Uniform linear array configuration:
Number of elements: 24
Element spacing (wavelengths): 0.75
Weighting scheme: uniform
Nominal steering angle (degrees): -45
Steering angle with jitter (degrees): -43.917
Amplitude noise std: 0.05
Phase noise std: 0.05

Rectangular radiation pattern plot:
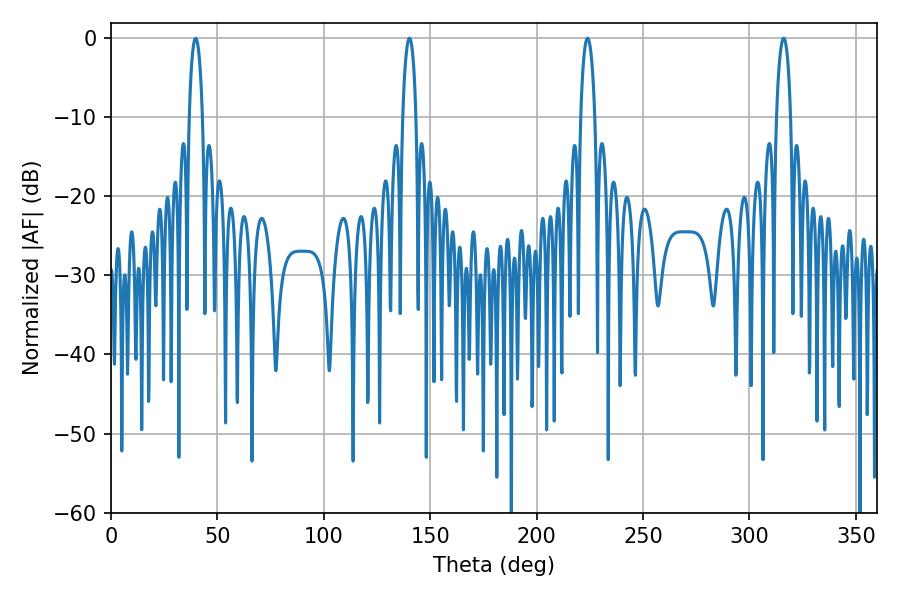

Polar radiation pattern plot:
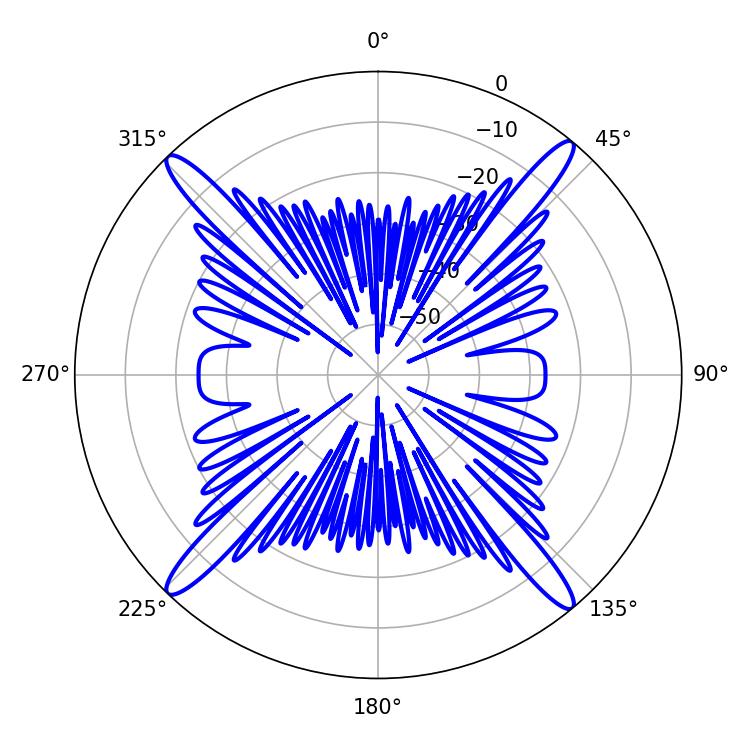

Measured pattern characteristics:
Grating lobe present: TRUE
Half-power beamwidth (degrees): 3.78
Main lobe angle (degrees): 316.08